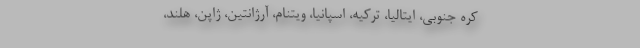
کره جنوبی، ایتالیا، ترکیه، اسپانیا، ویتنام، آرژانتین، ژاپن، هلند،